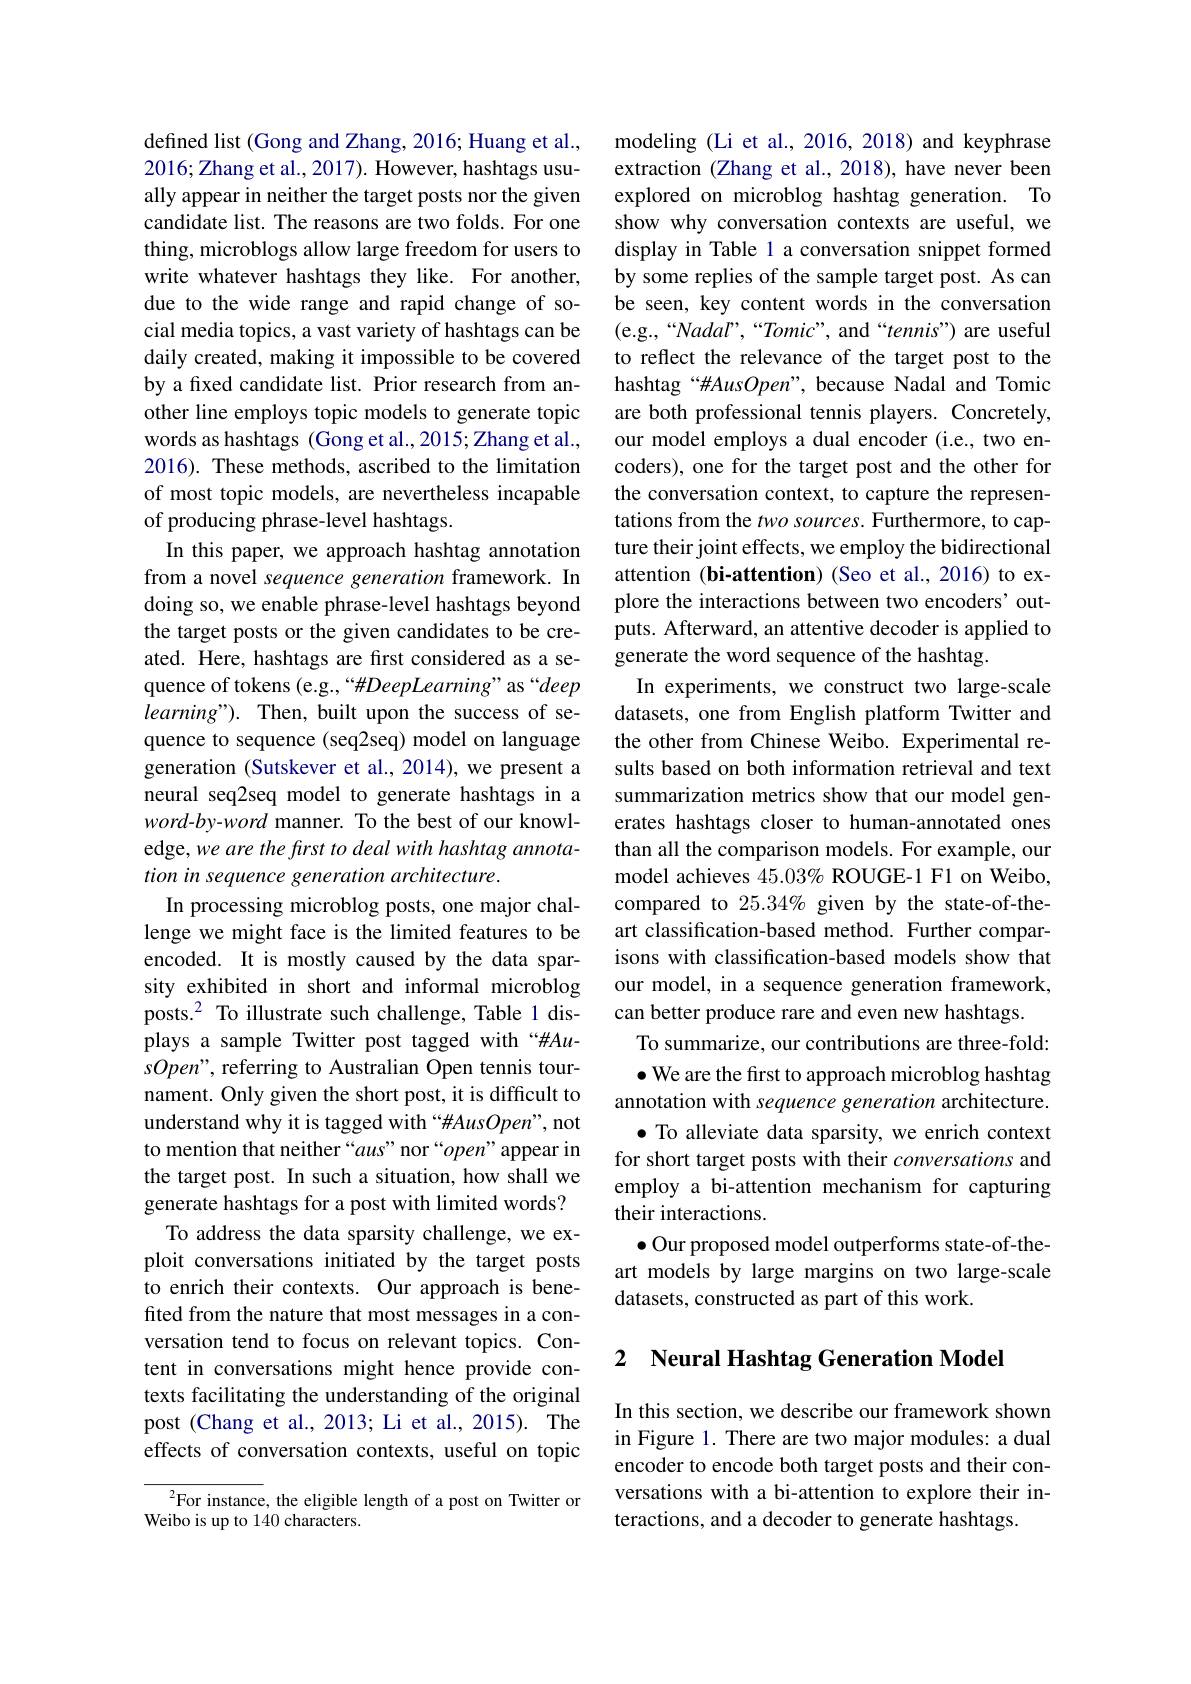
defined list (Gong and Zhang, 2016; Huang et al., 2016;Zhang et al., 2017). However, hashtags usually appear in neither the target posts nor the given candidate list. The reasons are two folds. For one thing, microblogs allow large freedom for users to write whatever hashtags they like. For another, due to the wide range and rapid change of social media topics, a vast variety of hashtags can be daily created, making it impossible to be covered by a fixed candidate list. Prior research from another line employs topic models to generate topic words as hashtags (Gong et al.,2015;Zhang et al., 2016). These methods, ascribed to the limitation of most topic models, are nevertheless incapable of producing phrase-level hashtags.
In this paper, we approach hashtag annotation from a novel sequence generation framework. In doing so, we enable phrase-level hashtags beyond the target posts or the given candidates to be created. Here, hashtags are first considered as a sequence of tokens (e.g.,“#DeepLearning”as“deep $learning" ) .$ Then, built upon the success of sequence to sequence (seq2seq) model on language generation (Sutskever et al., 2014), we present a neural seq2seq model to generate hashtags in a word-by-word manner. To the best of our knowledge, we are the first to deal with hashtag annotation in sequence generation architecture.
In processing microblog posts, one major challenge we might face is the limited features to be encoded. It is mostly caused by the data sparsity exhibited in short and informal microblog posts.$^{2}$ To illustrate such challenge, Table 1 displays a sample Twitter post tagged with “#AusOpen", referring to Australian Open tennis tournament. Only given the short post, it is difficult to understand why it is tagged with “#AusOpen”, not to mention that neither “$aus”$nor “open”appear in the target post. In such a situation, how shall we generate hashtags for a post with limited words? To address the data sparsity challenge, we ex-
ploit conversations initiated by the target posts to enrich their contexts. Our approach is benefited from the nature that most messages in a conversation tend to focus on relevant topics. Content in conversations might hence provide contexts facilitating the understanding of the original post (Chang et al., 2013; Li et al., 2015). The effects of conversation contexts, useful on topic
$^{2}$For instance, the eligible length of a post on Twitter or

Weibo is up to 140 characters.

modeling (Li et al., 2016, 2018) and keyphrase extraction (Zhang et al., 2018), have never been explored on microblog hashtag generation. To show why conversation contexts are useful, we display in Table 1 a conversation snippet formed by some replies of the sample target post. As can be seen, key content words in the conversation (e.g.,“Nadar”,“Tomic”, and“tennis”) are useful to reflect the relevance of the target post to the hashtag“#AusOpen”, because Nadal and Tomic are both professional tennis players. Concretely, our model employs a dual encoder (i.e., two encoders), one for the target post and the other for the conversation context, to capture the representations from the two sources. Furthermore, to capture their joint effects, we employ the bidirectional attention (bi-attention) (Seo et al., 2016) to explore the interactions between two encoders' outputs. Afterward, an attentive decoder is applied to generate the word sequence of the hashtag.
In experiments, we construct two large-scale datasets, one from English platform Twitter and the other from Chinese Weibo. Experimental results based on both information retrieval and text summarization metrics show that our model generates hashtags closer to human-annotated ones than all the comparison models. For example, our model achieves $45.03\%$ ROUGE-1 F1 on Weibo, compared to 25.34% given by the state-of-theart classification-based method. Further comparisons with classification-based models show that our model, in a sequence generation framework, can better produce rare and even new hashtags.
To summarize, our contributions are three-fold: $\bullet$ We are the first to approach microblog hashtag
annotation with sequence generation architecture. $\bullet$ To alleviate data sparsity, we enrich context for short target posts with their conversations and employ a bi-attention mechanism for capturing their interactions.
$\bullet$ Our proposed model outperforms state-of-theart models by large margins on two large-scale datasets, constructed as part of this work.

### 2 Neural Hashtag Generation Model

In this section, we describe our framework shown in Figure 1. There are two major modules: a dual encoder to encode both target posts and their conversations with a bi-attention to explore their interactions, and a decoder to generate hashtags.